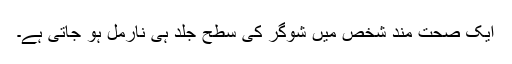
ایک صحت مند شخص میں شوگر کی سطح جلد ہی نارمل ہو جاتی ہے۔